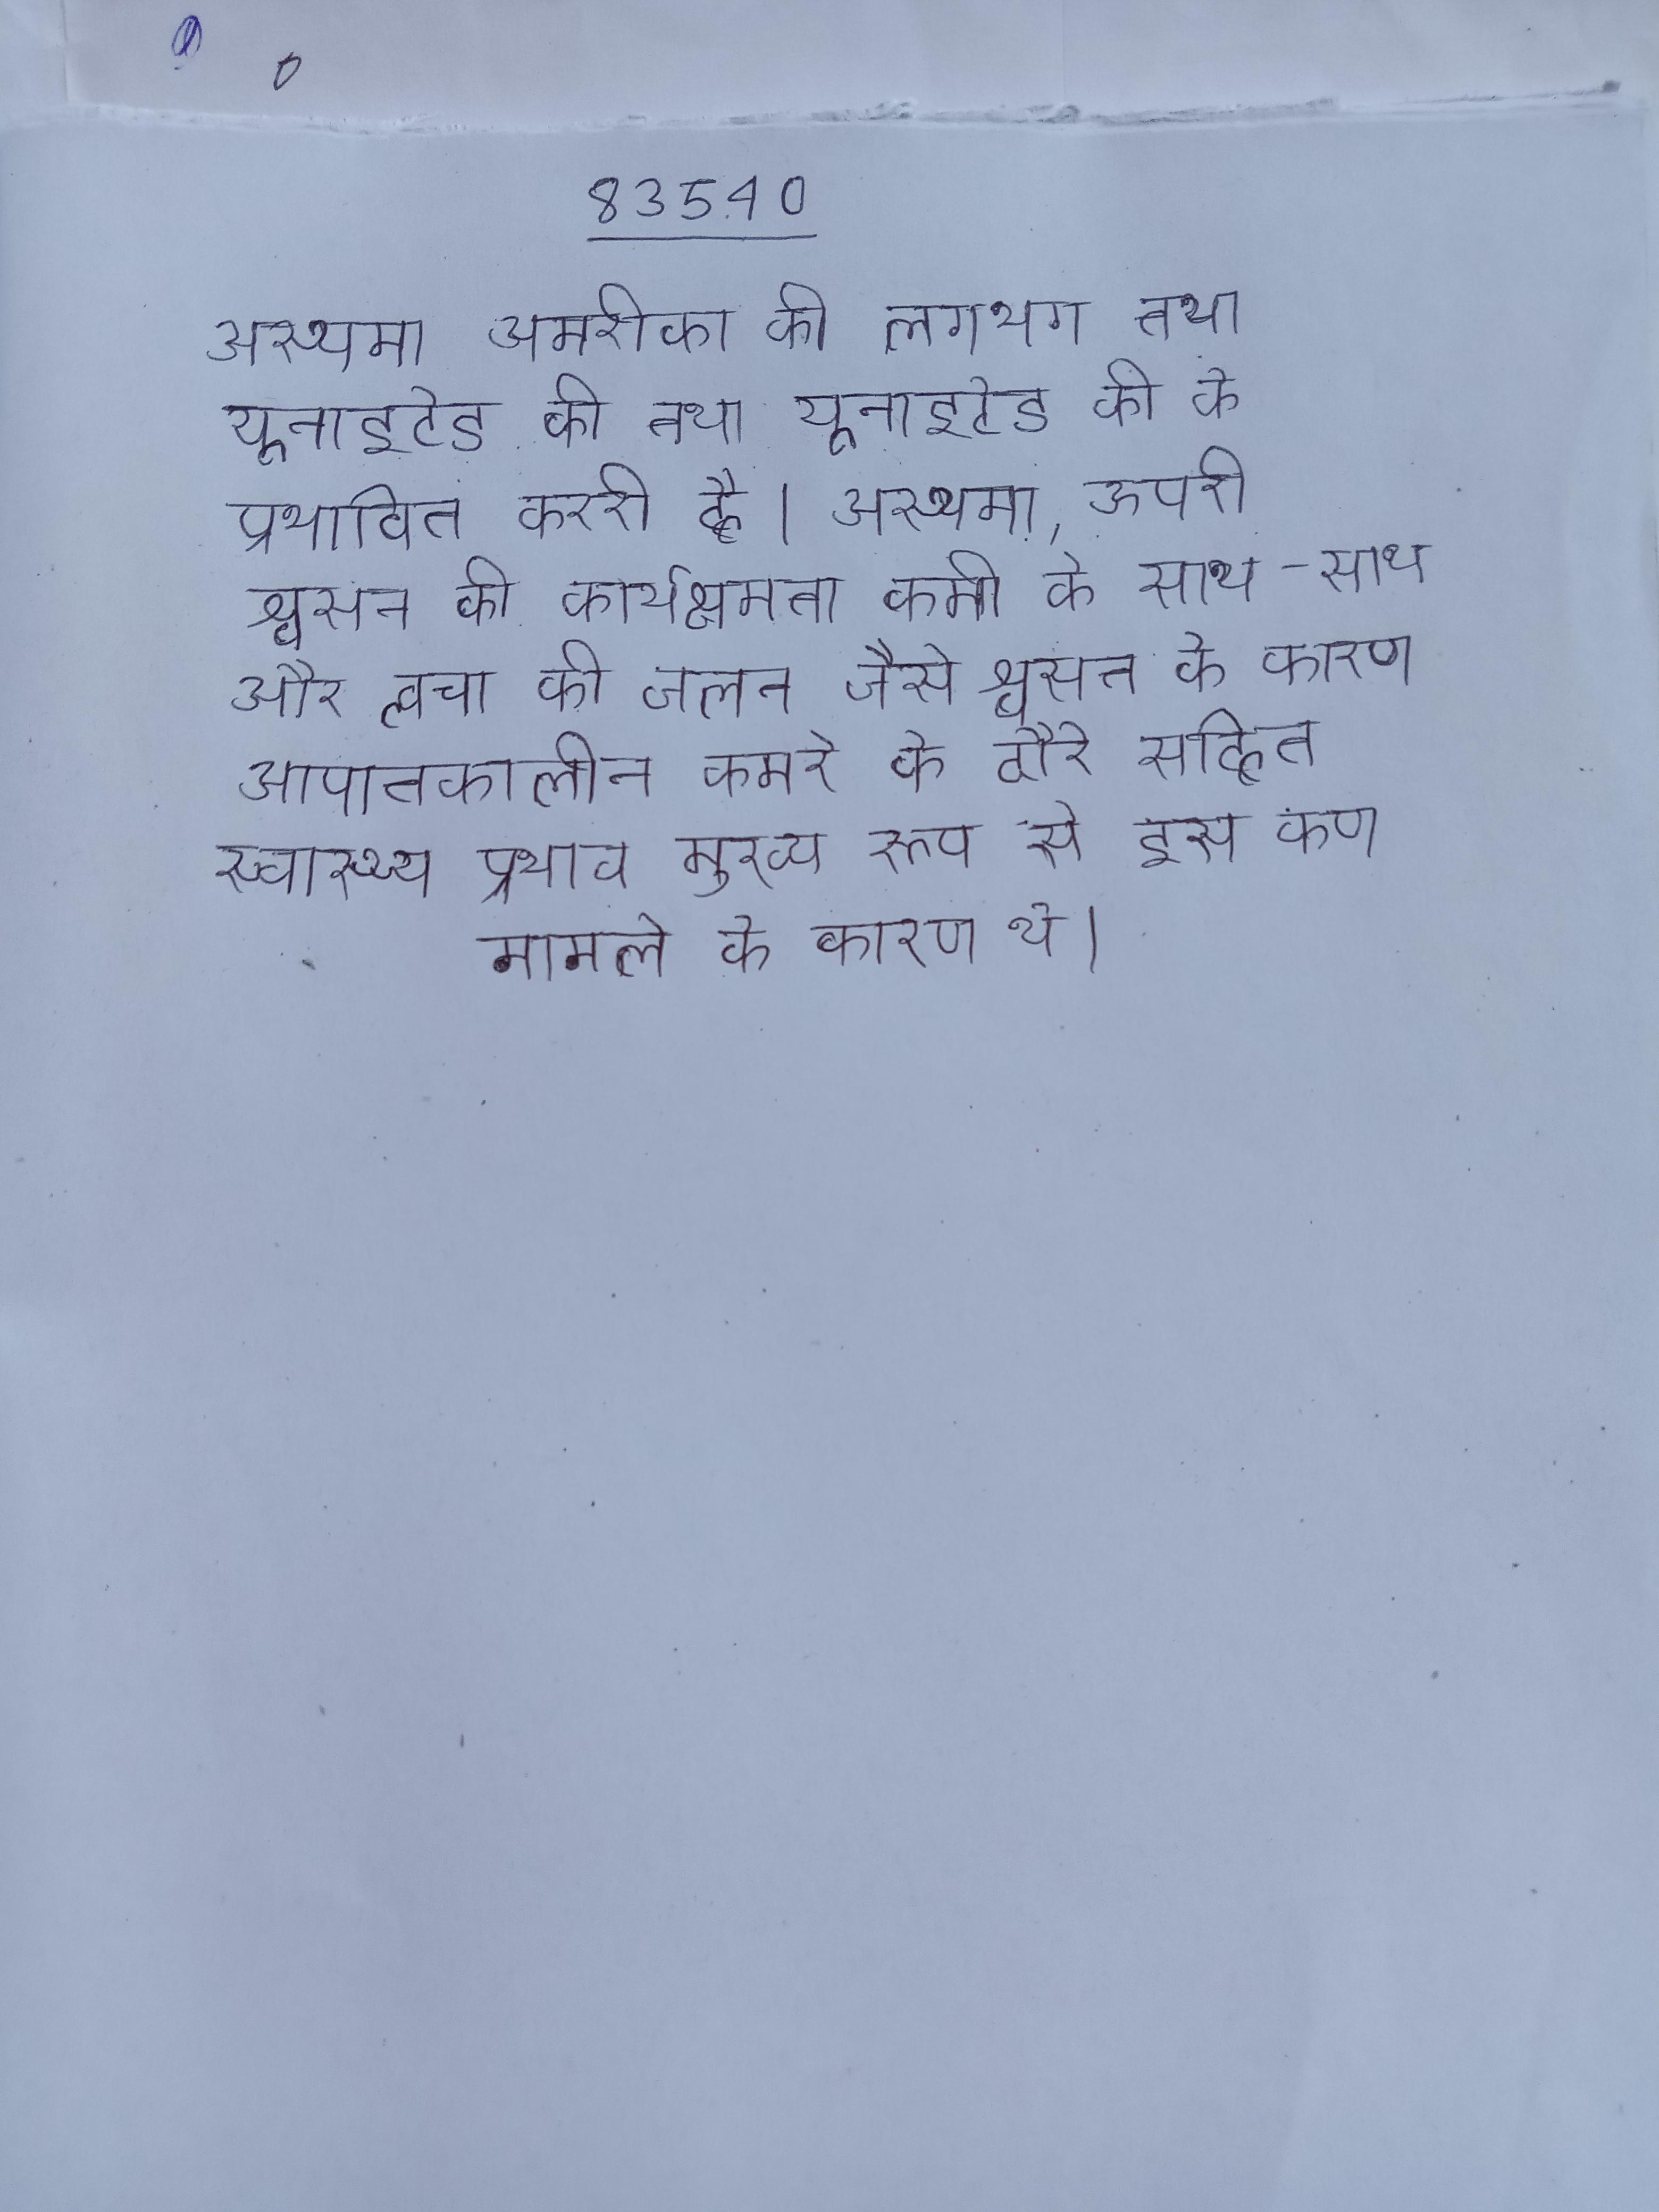
अस्थमा अमरीका की लगभग तथा यूनाइटेड की को प्रभावित करता है । अस्थमा, ऊपरी श्वसन की कार्यक्षमता कमी के साथ-साथ और त्वचा की जलन जैसे श्वसन के कारण आपातकालीन कमरे के दौरे सहित स्वास्थ्य प्रभाव मुख्य रूप से इस कण मामले के कारण थे ।